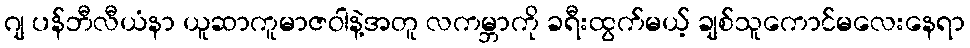
ဂျ ပန်ဘီလီယံနာ ယူဆာကူမာဇဝါနဲ့အတူ လကမ္ဘာကို ခရီးထွက်မယ့် ချစ်သူကောင်မလေးနေရာ